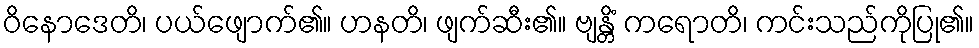
ဝိနောဒေတိ၊ ပယ်ဖျောက်၏။ ဟနတိ၊ ဖျက်ဆီး၏။ ဗျန္တိံ ကရောတိ၊ ကင်းသည်ကိုပြု၏။